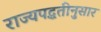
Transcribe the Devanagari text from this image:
राज्यपद्धतीनुसार